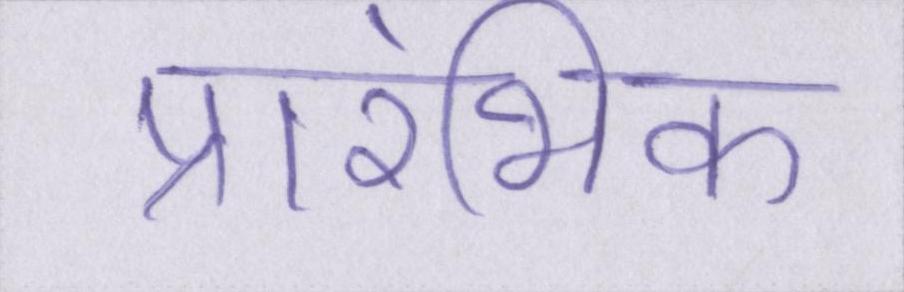
प्रारंभिक